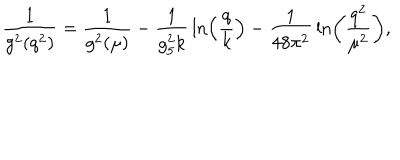
{ \frac { 1 } { g ^ { 2 } ( q ^ { 2 } ) } } = { \frac { 1 } { g ^ { 2 } ( \mu ) } } - { \frac { 1 } { g _ { 5 } ^ { 2 } k } } \ln \left( { \frac { q } { k } } \right) - { \frac { 1 } { 4 8 \pi ^ { 2 } } } \ln \left( { \frac { q ^ { 2 } } { \mu ^ { 2 } } } \right) ,